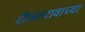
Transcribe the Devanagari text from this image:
दौलतरावाच्या